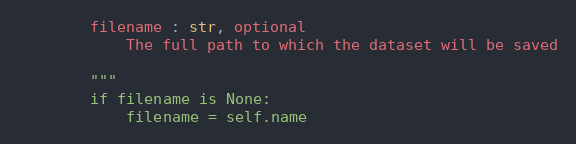
Language: Python
        filename : str, optional
            The full path to which the dataset will be saved

        """
        if filename is None:
            filename = self.name